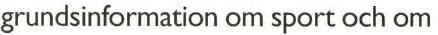
grundsinformation om sport och om